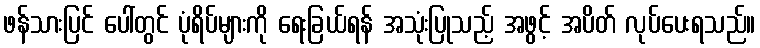
ဖန်သားပြင် ပေါ်တွင် ပုံရိပ်များကို ရေးခြယ်ရန် အသုံးပြုသည့် အဖွင့် အပိတ် လုပ်ပေးရသည်။